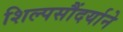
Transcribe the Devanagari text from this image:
शिल्पसौंदर्याने